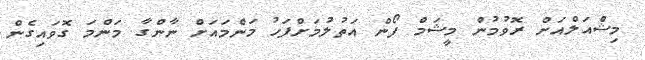
މިޝްއަލްއަށް ރޮވުމުން މީޝަމް ފޯން އަތުލުމަށްފަހު މަންމައަށް ނާންގާ މަންމަ ގޮވައިގެން